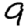
Digit: 9